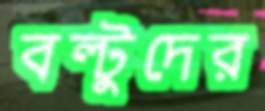
বল্টুদের